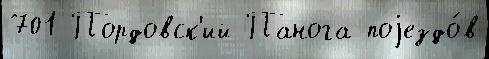
701 Пордовск'ий Панога поjездо́в